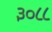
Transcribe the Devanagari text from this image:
३०८८